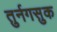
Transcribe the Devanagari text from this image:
तुर्नगसुक